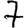
Digit: 7